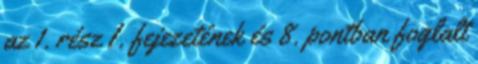
az 1. rész I. fejezetének és 8. pontban foglalt